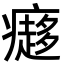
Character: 㿐